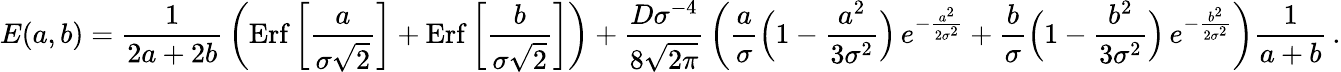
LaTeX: E(a,b)={\frac{1}{2a+2b}}\left(\mathrm{Erf}\left[{\frac{a}{\sigma\sqrt 2}}\right]+\mathrm{Erf}\left[{\frac{b}{\sigma\sqrt 2}}\right]\right)+{\frac{D\sigma^{-4}}{8\sqrt{2\pi}}}\left({\frac{a}{\sigma}}\Big(1-{\frac{a^{2}}{3\sigma^{2}}}\Big)\, e^{-{\frac{a^{2}}{2\sigma^{2}}}}+{\frac{b}{\sigma}}\Big(1-{\frac{b^{2}}{3\sigma^{2}}}\Big)\, e^{-{\frac{b^{2}}{2\sigma^{2}}}}\right){\frac{1}{a+b}}\, .